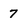
Character: 7